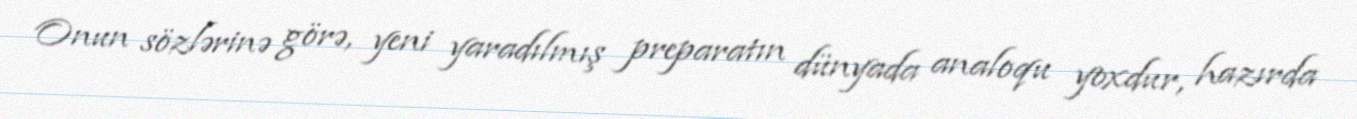
Onun sözlərinə görə, yeni yaradılmış preparatın dünyada analoqu yoxdur, hazırda